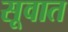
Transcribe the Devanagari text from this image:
सूवात